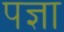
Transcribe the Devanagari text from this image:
पज्ञा